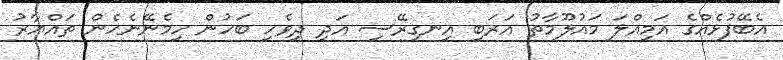
އެބޭފުޅެއްގެ އަމިއްލަ މައުލޫމާތު އަރަބި އިނގިރޭސި އަދި ދިވެހި ބަހުން ހިމެނޭނެހެން ތައްޔާރު